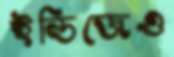
ইন্ডিজেও